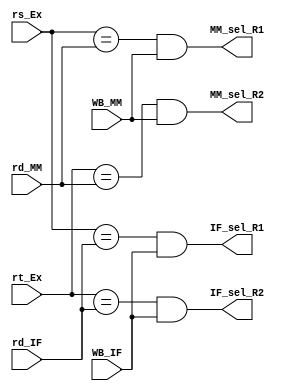
module ForwardingUnit(input [4:0] rs_Ex, rt_Ex, rd_MM, rd_IF, input WB_MM, WB_IF,
					output reg MM_sel_R1, MM_sel_R2, IF_sel_R1, IF_sel_R2);
	initial {MM_sel_R1, MM_sel_R2, IF_sel_R1, IF_sel_R2} = 4'b 0;
	always @(*) begin
		MM_sel_R1 = (rs_Ex == rd_MM) & WB_MM;
		MM_sel_R2 = (rt_Ex == rd_MM) & WB_MM;
		IF_sel_R1 = (rs_Ex == rd_IF) & WB_IF;
		IF_sel_R2 = (rt_Ex == rd_IF) & WB_IF;
	end
endmodule